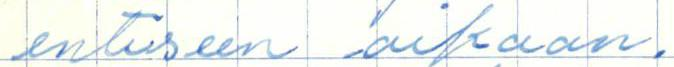
entiseen aikaan.